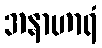
အနာဟာရံ